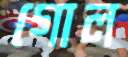
গোল